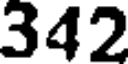
342